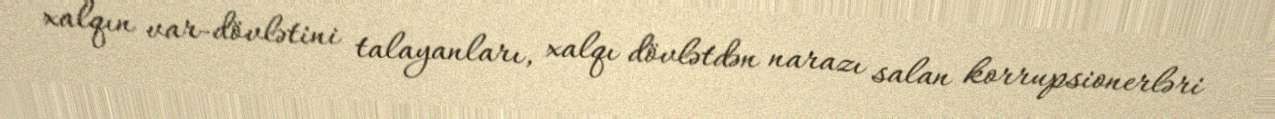
xalqın var-dövlətini talayanları, xalqı dövlətdən narazı salan korrupsionerləri